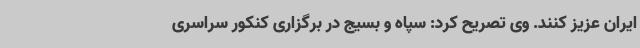
ایران عزیز کنند. وی تصریح کرد: سپاه و بسیج در برگزاری کنکور سراسری